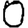
Digit: 0